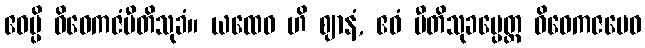
ဧဝမ္ပိ ဝိဝေကဇံပီတိသုခံ။ ယထေဝ ဟိ ဈာနံ, ဧဝံ ပီတိသုခမ္ပေတ္ထ ဝိဝေကဇမေဝ